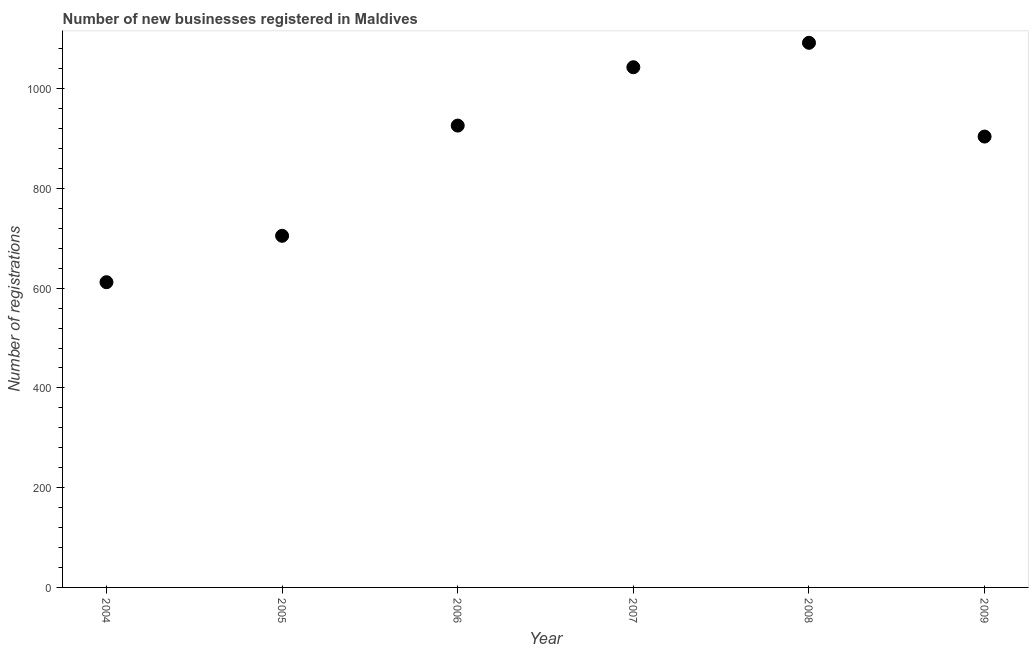
| Year | New businesses |
 | --- | --- |
 | 2004 | 612 |
 | 2005 | 705 |
 | 2006 | 926 |
 | 2007 | 1.04e+03 |
 | 2008 | 1.09e+03 |
 | 2009 | 904 |